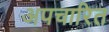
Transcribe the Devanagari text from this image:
अपचारित